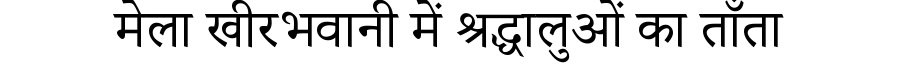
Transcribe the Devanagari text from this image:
मेला खीरभवानी में श्रद्धालुओं का ताँता